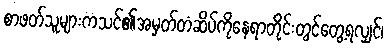
စာဖတ်သူများကသင်၏အမှတ်တံဆိပ်ကိုနေရာတိုင်းတွင်တွေ့ရလျှင်၊